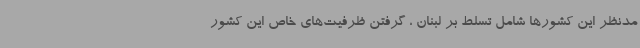
مدنظر این کشورها شامل تسلط بر لبنان ، گرفتن ظرفیت‌های خاص این کشور